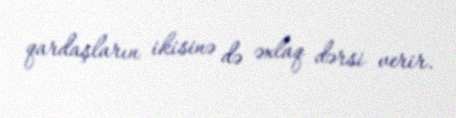
qardaşların ikisinə də əxlaq dərsi verir.